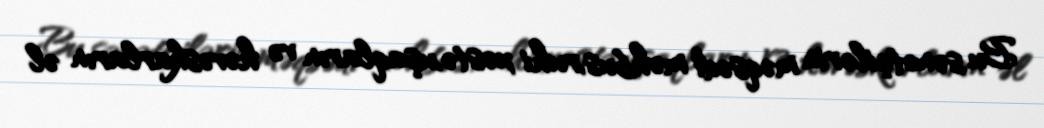
Bu sənətçilərin məqsədi məhbus,ruhi xəstə,uşaqların və həvəskarların əl